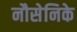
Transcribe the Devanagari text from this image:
नौसेनिके